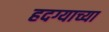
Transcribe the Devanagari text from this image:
हदग्याच्या